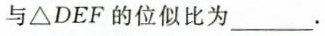
与ΔDEF的位似比为___.